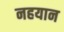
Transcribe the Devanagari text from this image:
नहयान